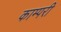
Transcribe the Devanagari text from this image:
काम्परी